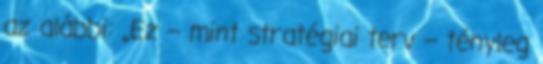
az alábbi: „Ez – mint stratégiai terv – tényleg